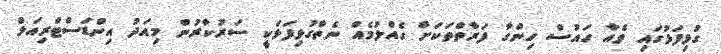
ގުޅިފަޅުގައި ވެއާ ހައުސް ހިންގާ ފަރާތްތަކަށް ގެއްލުމެއް ނެތްގުޅިފަޅަކީ ސަރުކާރުން މިއަދު އިންޑަސްޓްރިއަލް